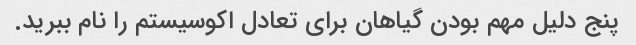
پنج دلیل مهم بودن گیاهان برای تعادل اکوسیستم را نام ببرید.